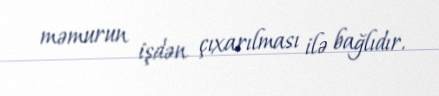
məmurun işdən çıxarılması ilə bağlıdır.